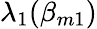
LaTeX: \lambda_{1}(\beta_{m1})